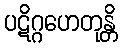
ပဋိဂ္ဂဟေတုန္တိ